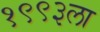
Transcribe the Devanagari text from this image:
१९९३ला